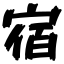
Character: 宿